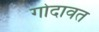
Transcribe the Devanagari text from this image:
गोदावत